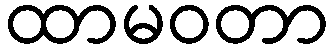
ထာမဝတာ